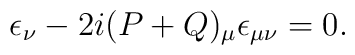
\epsilon_\nu - 2i(P+Q)_\mu \epsilon_{\mu\nu}=0 .